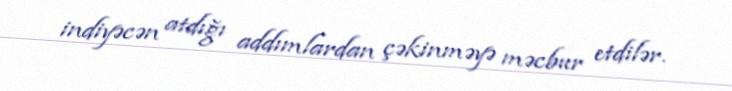
indiyəcən atdığı addımlardan çəkinməyə məcbur etdilər.